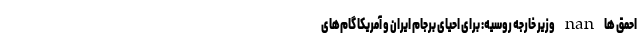
احمق ها nan وزیر خارجه روسیه: برای احیای برجام ایران و آمریکا گام‌های